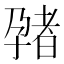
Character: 𫲬